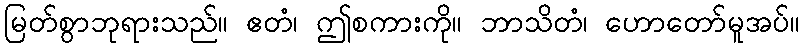
မြတ်စွာဘုရားသည်။ ဧတံ၊ ဤစကားကို။ ဘာသိတံ၊ ဟောတော်မူအပ်။